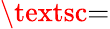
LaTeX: \textsc{=}